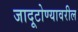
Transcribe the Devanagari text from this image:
जादूटोण्यावरील